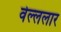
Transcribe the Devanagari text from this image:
वेल्ललार